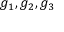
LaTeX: g _ { 1 } , g _ { 2 } , g _ { 3 }